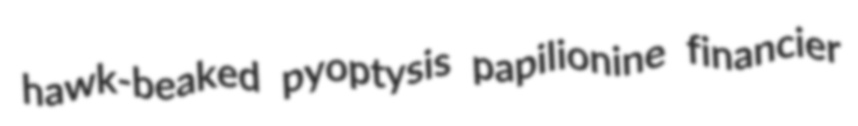
hawk-beaked pyoptysis papilionine financier